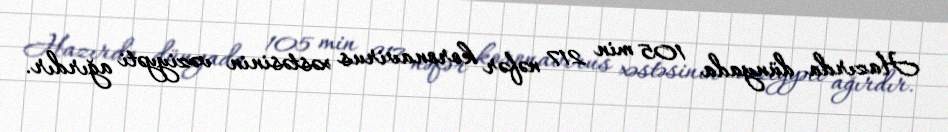
Hazırda dünyada 105 min 217 nəfər koronavirus xəstəsinin vəziyyəti ağırdır.